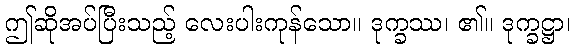
ဤဆိုအပ်ပြီးသည့် လေးပါးကုန်သော။ ဒုက္ခဿ၊ ၏။ ဒုက္ခဋ္ဌာ၊